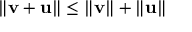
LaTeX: \| \mathbf { v } + \mathbf { u } \| \leq \| \mathbf { v } \| + \| \mathbf { u } \|